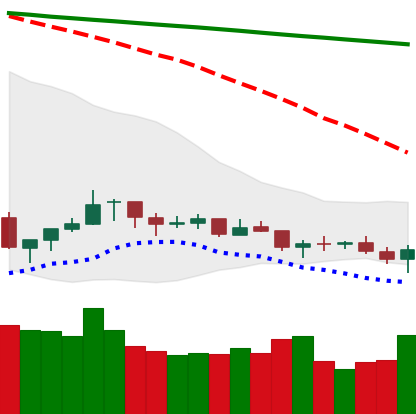
Ticker: XLM-USD
Chart end date: 2021-07-14
Forward return: -11.908%
Label: down_7plus